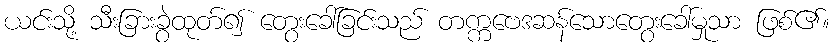
ယင်းသို့ သီးခြားခွဲထုတ်၍ တွေးခေါ်ခြင်းသည် တက္ကဗေဒဆန်သောတွေးခေါ်မှုသာ ဖြစ်၏။